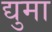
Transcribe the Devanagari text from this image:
द्युमा